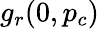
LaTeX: g_{r}(0,p_{c})